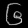
Digit: ၆